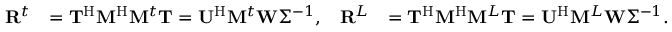
\begin{array} { r l r l } { \mathbf { R } ^ { t } } & { = \mathbf { T } ^ { \mathrm { H } } \mathbf { M } ^ { \mathrm { H } } \mathbf { M } ^ { t } \mathbf { T } = \mathbf { U } ^ { \mathrm { H } } \mathbf { M } ^ { t } \mathbf { W } \Sigma ^ { - 1 } , } & { \mathbf { R } ^ { L } } & { = \mathbf { T } ^ { \mathrm { H } } \mathbf { M } ^ { \mathrm { H } } \mathbf { M } ^ { L } \mathbf { T } = \mathbf { U } ^ { \mathrm { H } } \mathbf { M } ^ { L } \mathbf { W } \Sigma ^ { - 1 } . } \end{array}